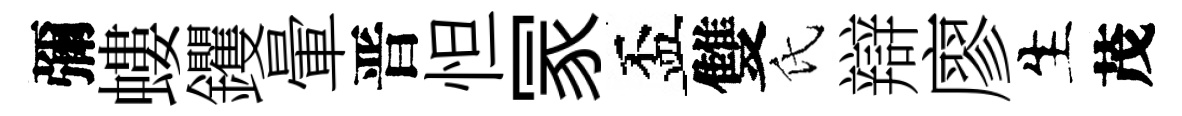
彌螻钁暈晋怛冡盃雙氏辯廖生茂